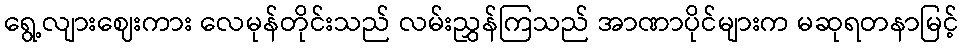
ရွေ့လျားဈေးကား လေမုန်တိုင်းသည် လမ်းညွှန်ကြသည် အာဏာပိုင်များက မဆုရတနာမြင့်